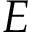
E